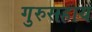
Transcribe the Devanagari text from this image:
गुरुसहाय